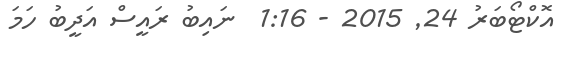
އޮކްޓޯބަރު 24